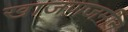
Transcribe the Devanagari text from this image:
खाजणजमीन